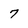
Character: 7